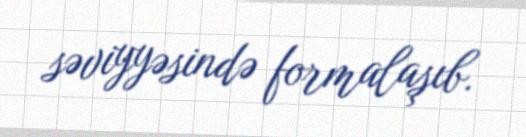
səviyyəsində formalaşıb.